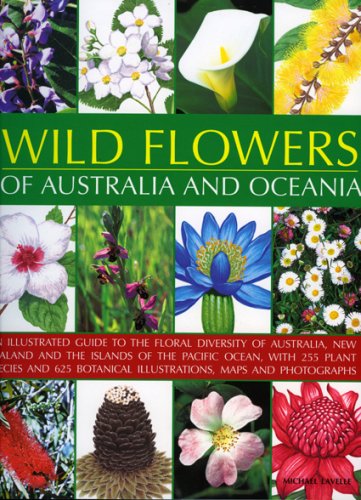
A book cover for Wild Flowers of Australia and Oceania: An Illustrated Guide to the Floral Diversity of Australia, New Zealand and the Islands of the Pacific Ocean; Michael Lavelle; Crafts, Hobbies & Home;